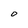
Character: 0